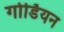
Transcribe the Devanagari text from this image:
गोर्डियन